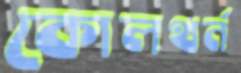
কোলথর্ন